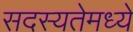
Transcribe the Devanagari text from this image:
सदस्यतेमध्ये